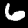
Digit: 6